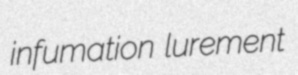
infumation lurement